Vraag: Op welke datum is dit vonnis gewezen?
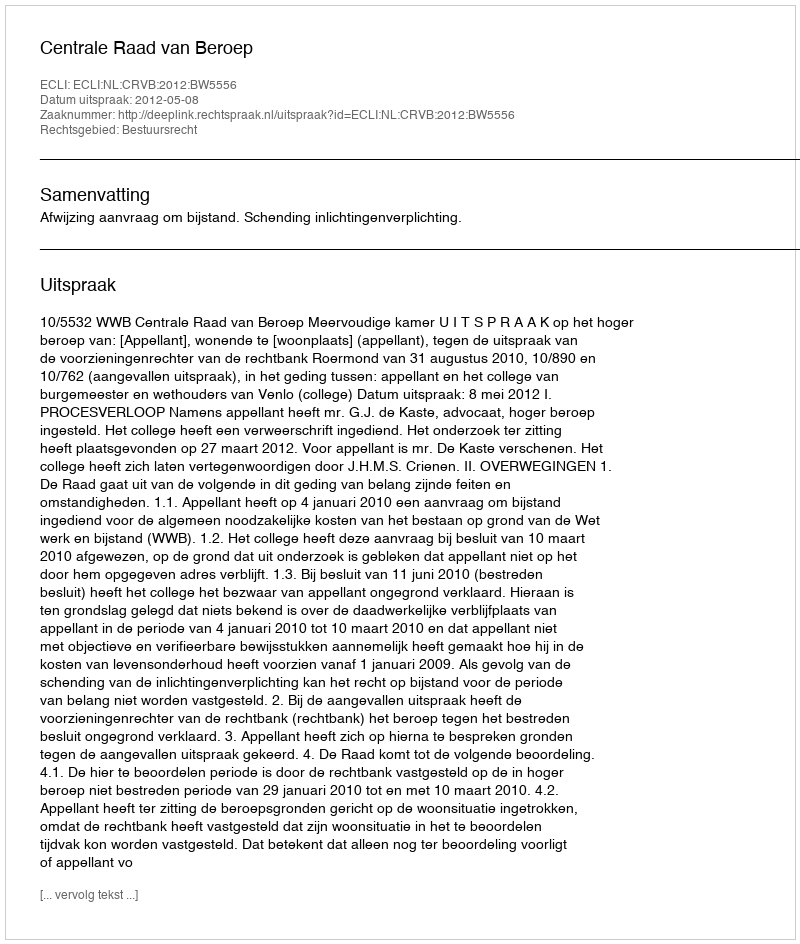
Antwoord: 2012-05-08